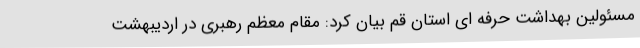
مسئولین بهداشت حرفه ای استان قم بیان کرد: مقام معظم رهبری در اردیبهشت